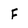
Character: F